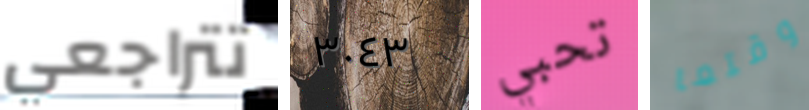
تتراجعي ٣٠٤٣ تحبي وقتما